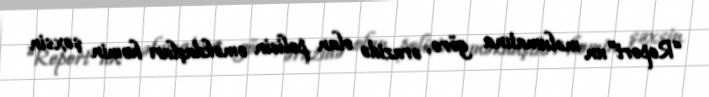
“Report”un məlumatına görə, ərazidə olan polisin əməkdaşları həmin şəxsin